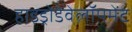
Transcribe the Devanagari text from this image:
हाइड्रोडेवेलॉपमेंट